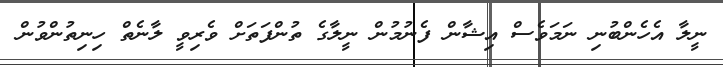
ނީލާ އެހެންބުނި ނަމަވެސް އިޝާން ފެނުމުން ނީލާގެ ތުންފަތަށް ވެރިވީ ލާނެތް ހިނިތުންވުން